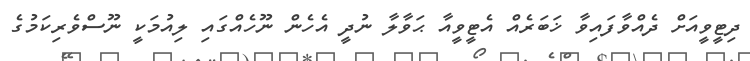
ދިޓީވީއަށް ދެއްވާފައިވާ ޚަބަރެއް އެޓީވީއާ ޙަވާލާ ނުދީ އެހެން ނޫހެއްގައި ލިއުމަކީ ނޫސްވެރިކަމުގެ